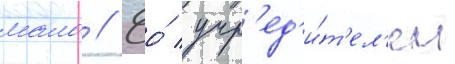
мало // Ео́ учр'ед'и́т'ел'ем